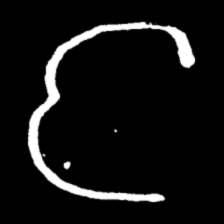
Pyu character \u2014 Myanmar letter: င (romanized: nga)